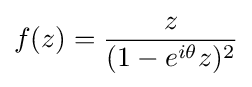
f(z)={z \over (1-e^{i\theta }z)^{2}}